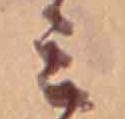
ミ